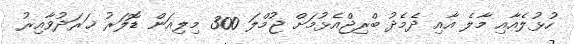
ހުޅުލެއާއި މާލެ އާއި ދެމެދު ބްރިޖްއެޅުމަށް ޖުމްލަ 300 މިލިއަން ޑޮލަރު ޚަރަދުވާއިރު